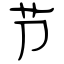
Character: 节